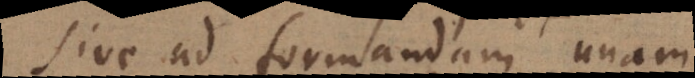
sive ad formandam unam